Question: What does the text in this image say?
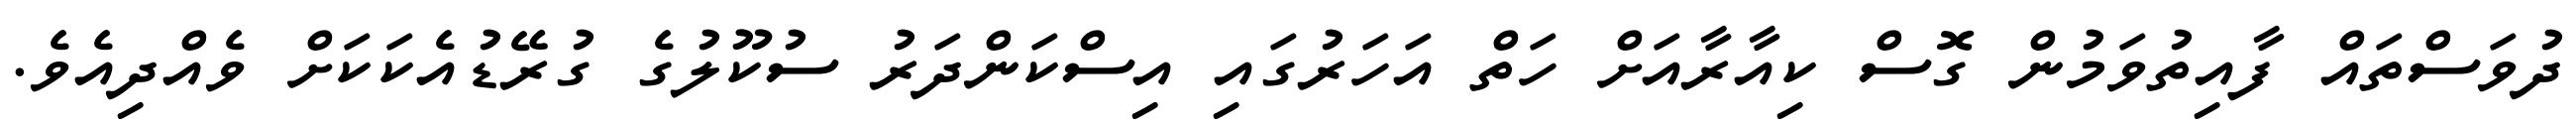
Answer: ދުވަސްތައް ފާއިތުވަމުން ގޮސް ކިއާރާއަށް ހަތް އަހަރުގައި އިސްކަންދަރު ސުކޫލުގެ ގުރޭޑުއެކަކަށް ވެއްދިއެވެ.